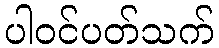
ပါဝင်ပတ်သက်